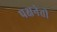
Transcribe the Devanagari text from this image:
पक्षनेती